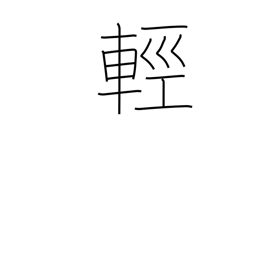
Meaning: gentle